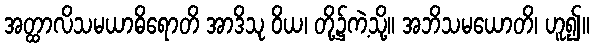
အတ္ထာလိသမယာဓိရောတိ အာဒိသု ဝိယ၊ တို့၌ကဲ့သို့။ အဘိသမယောတိ၊ ဟူ၍။